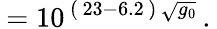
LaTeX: \: =10^{\, (\, 23-6.2\, )\, \sqrt{g_{0}}}\, .\: